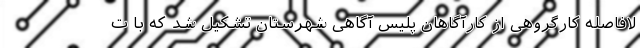
لافاصله کارگروهی از کارآگاهان پلیس آگاهی شهرستان تشکیل شد که با ت